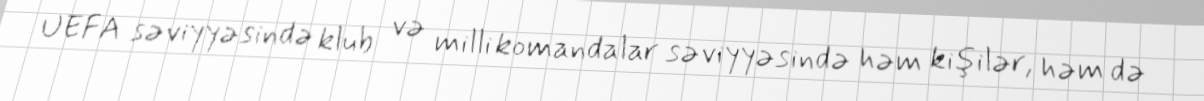
UEFA səviyyəsində klub və milli komandalar səviyyəsində həm kişilər, həm də